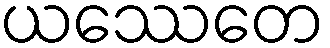
ယဿေတေ